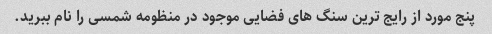
پنج مورد از رایج ترین سنگ های فضایی موجود در منظومه شمسی را نام ببرید.